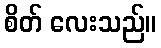
စိတ် လေးသည်။